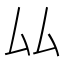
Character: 厸